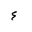
Letter: _hamza